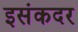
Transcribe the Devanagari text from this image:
इसंकदर